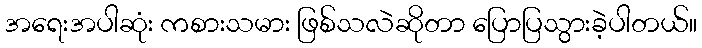
အရေးအပါဆုံး ကစားသမား ဖြစ်သလဲဆိုတာ ပြောပြသွားခဲ့ပါတယ်။